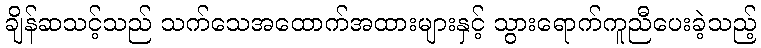
ချိန်ဆသင့်သည် သက်သေအထောက်အထားများနှင့် သွားရောက်ကူညီပေးခဲ့သည့်